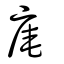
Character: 庵